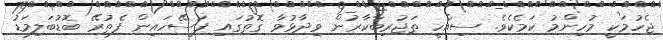
ޖެހުމަކީ މުހިންމު ކަމެކެވެ. ސިއްހީ ތަޖުރިބާކާރުން ވިދާޅުވާ ގޮތުގައި ފަސޭހައިން ފެތުރޭ ބޮޑުބަލިމަޑު